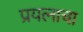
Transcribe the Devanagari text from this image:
प्रयत्‍नाचा